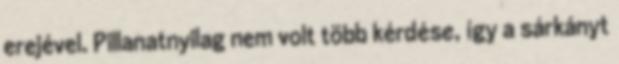
erejével. Pillanatnyilag nem volt több kérdése, így a sárkányt